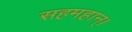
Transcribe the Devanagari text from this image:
सहमहान्।